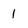
Character: 1